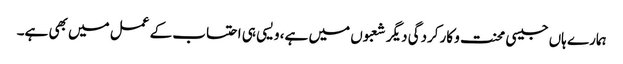
ہمارے ہاں جیسی محنت و کارکردگی دیگر شعبوں میں ہے، ویسی ہی احتساب کے عمل میں بھی ہے۔